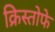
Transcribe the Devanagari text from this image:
क्रिस्तोफे